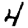
Digit: 4